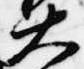
大